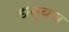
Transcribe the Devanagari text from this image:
धन्यच